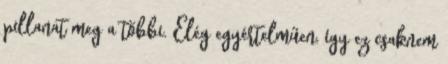
pillanat meg a többi. Elég egyértelműen, így ez csaknem